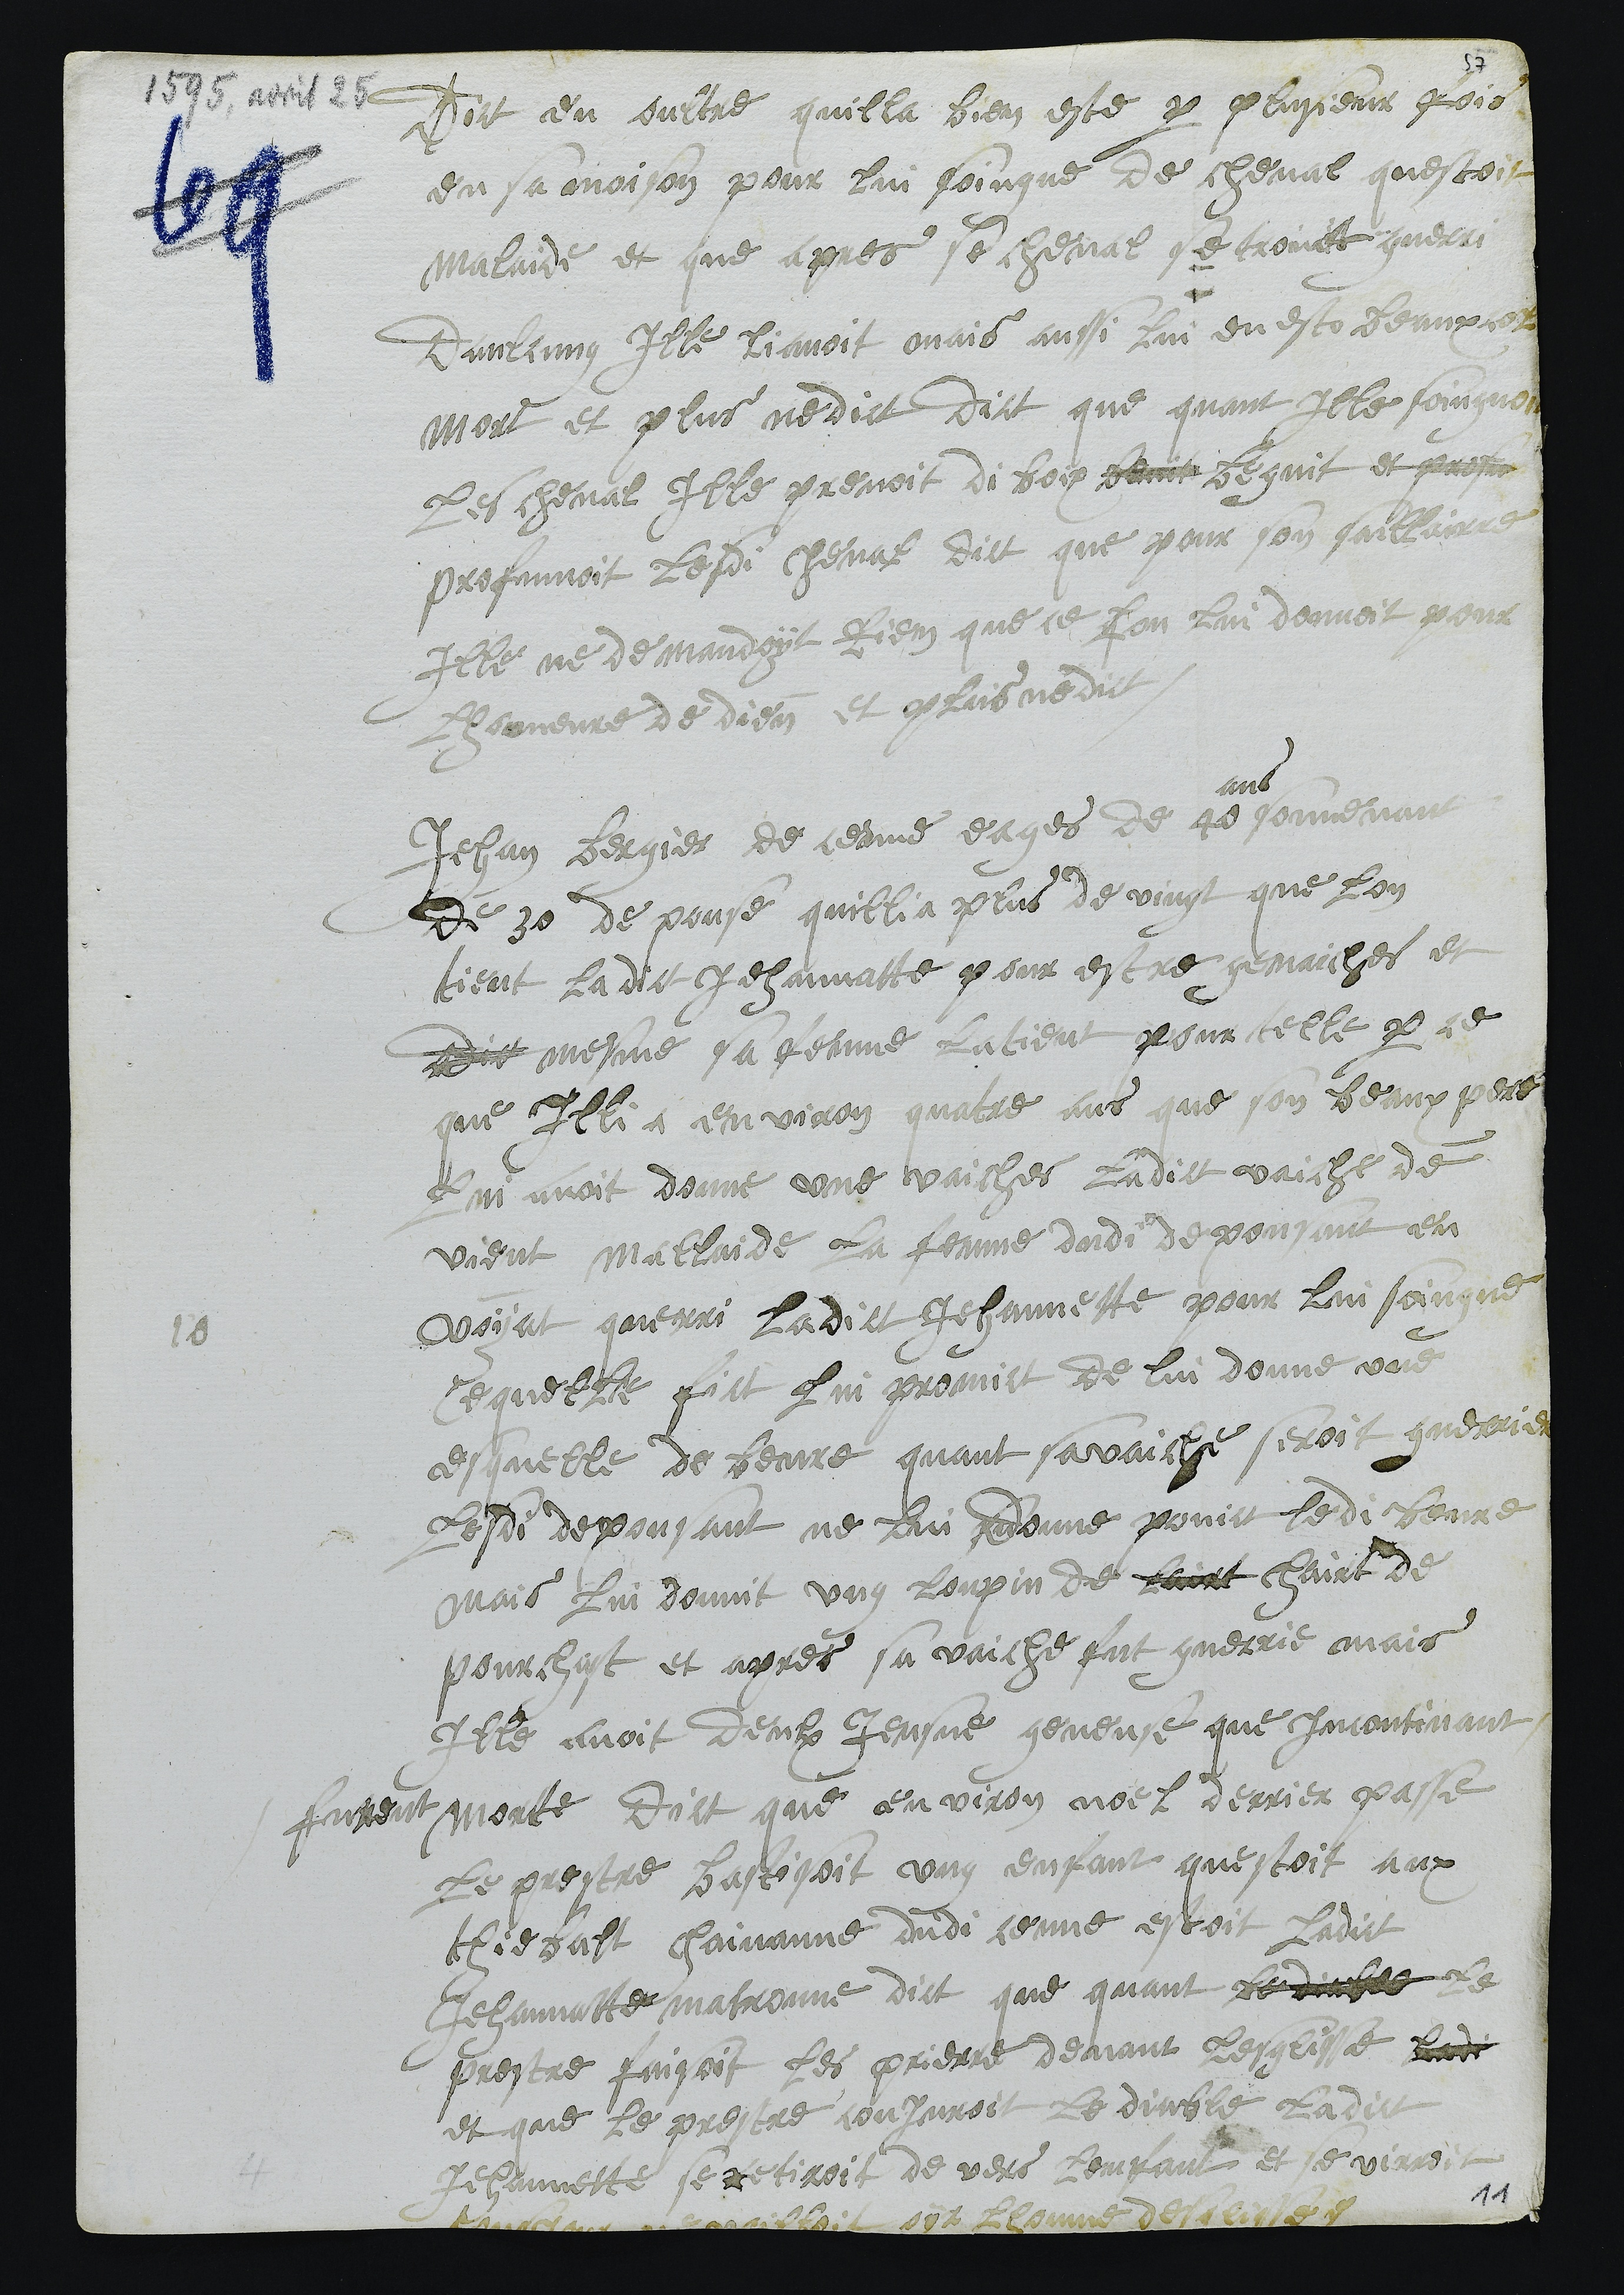
Dict en oultre quilla bien este par plusieur fois
en sa moison pour lui soingne de cheval questoit
malaide et que apres se cheval se troivit guerri
Daulcung Ille li avoit mais aussi lui en esto beauxcol
mort et plus ne dict dict que quant ille soingnoit
les cheval Ille prenoit di boix benit begnit et profu
profumoit lesdi cheval dict que pour son saillairre
Ille ne demandoy Rien que ce lon luy donnoit pour
lhonneure de dieu et plus ne dict
10
Jehan Bergier de ceuve eages de 40
ans
souvenant
de 30 de pouse quillia plus de vingt que lon
tient ladict Jehannatte pour estre genaiches et
dict mesme sa fenme la tient pour telle par ce
que Illi a environ quatre ans que son beaux pere
lui avoit donne une vaiches ladict vaiche de
vient mallaide la femme dudi depousant en
voyat querri ladict Jehannette pour lui soigne
Cequelle fict lui promict de lui donne une
esquelle de beure quant sa vaiche seroit guerrier
lesdi depousant ne lui donne poinct ledi beure
mais lui donnit ung loupin de lairt chairt de
pourchust et apres sa vaiche fut guerrie mais
elle avoit deulx Jeusne geneuse que Incontinant
furent morte Dict que environ noel derrier passe
le prestre bastisoit ung enfant questoit aux
Thiebalt Chaivanne dudi ceuve estoit ladict
Jehannatte matronne dict que quant le diable le
prestre faisoit les prierre devant lesglisse ladi
et que le prestre conjuroit le diable ladict
Jehannette se retiroit de vers lemfant et se virroit
tousjour ne voilloit oir lhomme desglisse
11